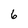
Character: 6